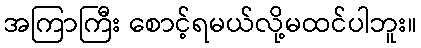
အကြာကြီး စောင့်ရမယ်လို့မထင်ပါဘူး။